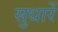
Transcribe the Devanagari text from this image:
सुधारें